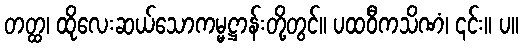
တတ္ထ၊ ထိုလေးဆယ်သောကမ္မဋ္ဌာန်းတို့တွင်။ ပထဝီကသိဏံ၊ ၎င်း။ ပ။